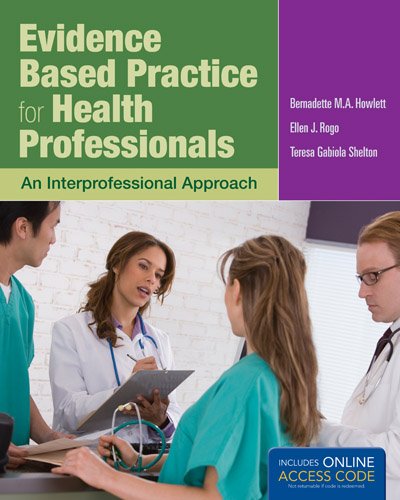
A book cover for Evidence Based Practice For Health Professionals; Bernadette Howlett; Medical Books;